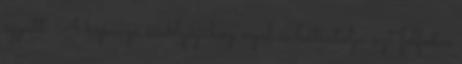
együtt. A köpenye csuklyájához nyúl és hátratolja azt felfedve